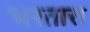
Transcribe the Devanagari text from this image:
भरतारा